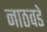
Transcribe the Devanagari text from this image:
नाठवडे